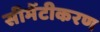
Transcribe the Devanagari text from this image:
सीमेंटीकरण